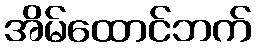
အိမ်ထောင်ဘက်